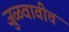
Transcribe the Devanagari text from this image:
जुळवावीच